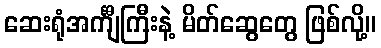
ဆေးရုံအင်္ကျီကြီးနဲ့ မိတ်ဆွေတွေ ဖြစ်လို့။